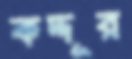
কদ্দূর